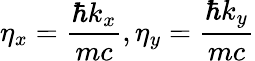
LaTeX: \eta_{x}=\frac{\hbar k_{x}}{mc},\eta_{y}=\frac{\hbar k_{y}}{mc}